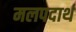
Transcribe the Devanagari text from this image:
मलपदार्थ